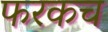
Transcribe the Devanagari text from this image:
फरकच